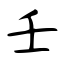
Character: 壬